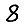
Digit: 8